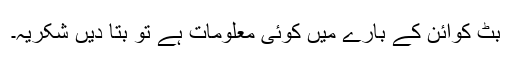
بٹ کوائن کے بارے میں کوئی معلومات ہے تو بتا دیں شکریہ۔